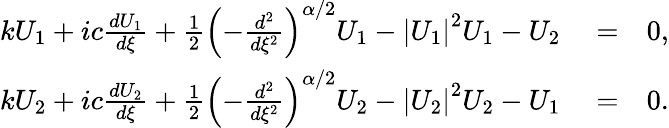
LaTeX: \begin{array}{rlr}{kU_{1}+ic\frac{dU_{1}}{d\xi}+\frac{1}{2}\left(-\frac{d^{2}}{d\xi^{2}}\right)^{\alpha/2}U_{1}-\left\vert U_{1}\right\vert^{2}U_{1}-U_{2}}&{{}=}&{0,}\\ {kU_{2}+ic\frac{dU_{2}}{d\xi}+\frac{1}{2}\left(-\frac{d^{2}}{d\xi^{2}}\right)^{\alpha/2}U_{2}-\left\vert U_{2}\right\vert^{2}U_{2}-U_{1}}&{{}=}&{0.}\end{array}